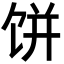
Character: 饼